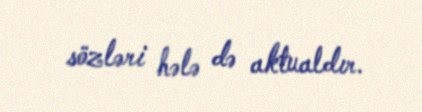
sözləri hələ də aktualdır.